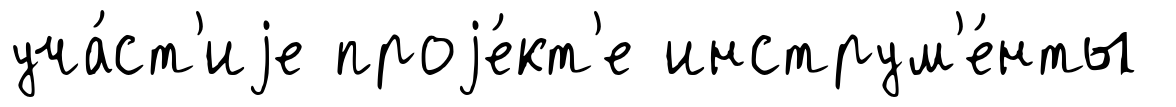
уча́ст'иjе проjе́кт'е инструм'е́нты